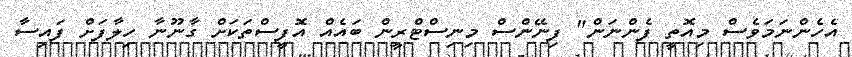
އެހެންނަމަވެސް މިއޮތީ ފެންނަން" ފިނޭންސް މިނިސްޓްރީން ބައެއް އޮފީސްތަކަށް ގާނޫނާ ހިލާފަށް ފައިސާ